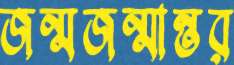
জন্মজন্মান্তর